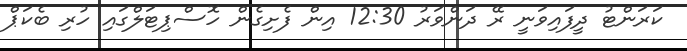
ކަރަންޓު ދީފައިވަނީ ރޭ ދަންވަރު 12:30 އިން ފެށިގެން ހޮސްޕިޓަލްގައި ހުރި ބެކަޕް